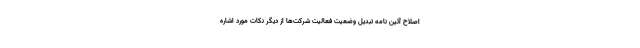
اصلاح آئین نامه تبدیل وضعیت فعالیت شرکت‌ها از دیگر نکات مورد اشاره